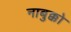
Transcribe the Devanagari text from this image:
नाबुक्को